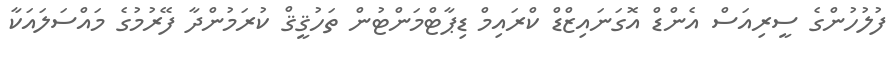
ފުލުހުންގެ ސީރިއަސް އެންޑް އޮގަނައިޒްޑް ކްރައިމް ޑިޕާޓްމަންޓުން ތަހުޤީޤް ކުރަމުންދާ ފޭރުމުގެ މައްސަލައަކާ